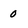
Character: 0